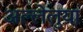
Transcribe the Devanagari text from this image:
अल्लेलुया